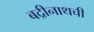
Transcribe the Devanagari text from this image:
बद्रीनाथची